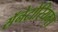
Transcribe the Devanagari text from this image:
सॅनेटोरियम्स